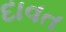
દાવત